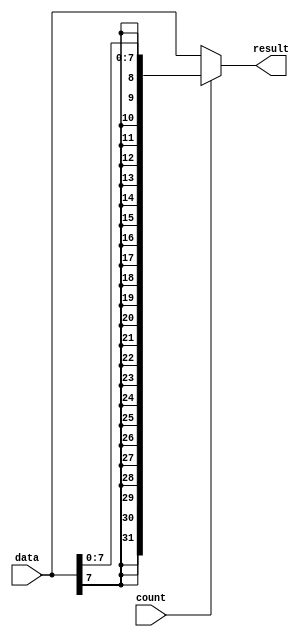
`timescale 1ns / 1ps
//////////////////////////////////////////////////////////////////////////////////
// Company: 
// Engineer: 
// 
// Design Name: 
// Module Name: sign_extend
// Project Name: 
// Target Devices: 
// Tool Versions: 
// Description: 
// 
// Dependencies: 
// 
// Revision:
// Revision 0.01 - File Created
// Additional Comments:
// 
//////////////////////////////////////////////////////////////////////////////////


module sign_extend(
    input [31:0] data,
    input        count,
    output [31:0] result
    );
    
    assign  result = count ? {{24{data[7]}}, data[7:0]} : data;
endmodule